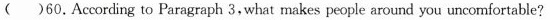
()60.According to Paragraph 3,what makes people around you uncomfortable?